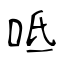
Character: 呧